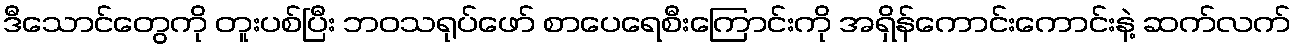
ဒီသောင်တွေကို တူးပစ်ပြီး ဘဝသရုပ်ဖော် စာပေရေစီးကြောင်းကို အရှိန်ကောင်းကောင်းနဲ့ ဆက်လက်